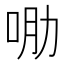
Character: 𱒠